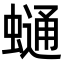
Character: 𧐺